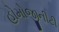
હોમોજીનીટી